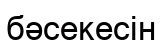
бәсекесін